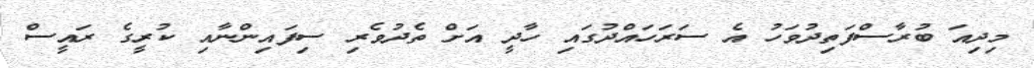
މިދިއަ ބުރާސްފަތިދުވަހު އެ ސަރަހައްދުގައި ހާދީ އަށް ތެދުވެރި ސިފައިންނާއި ކުރީގެ ރައީސް